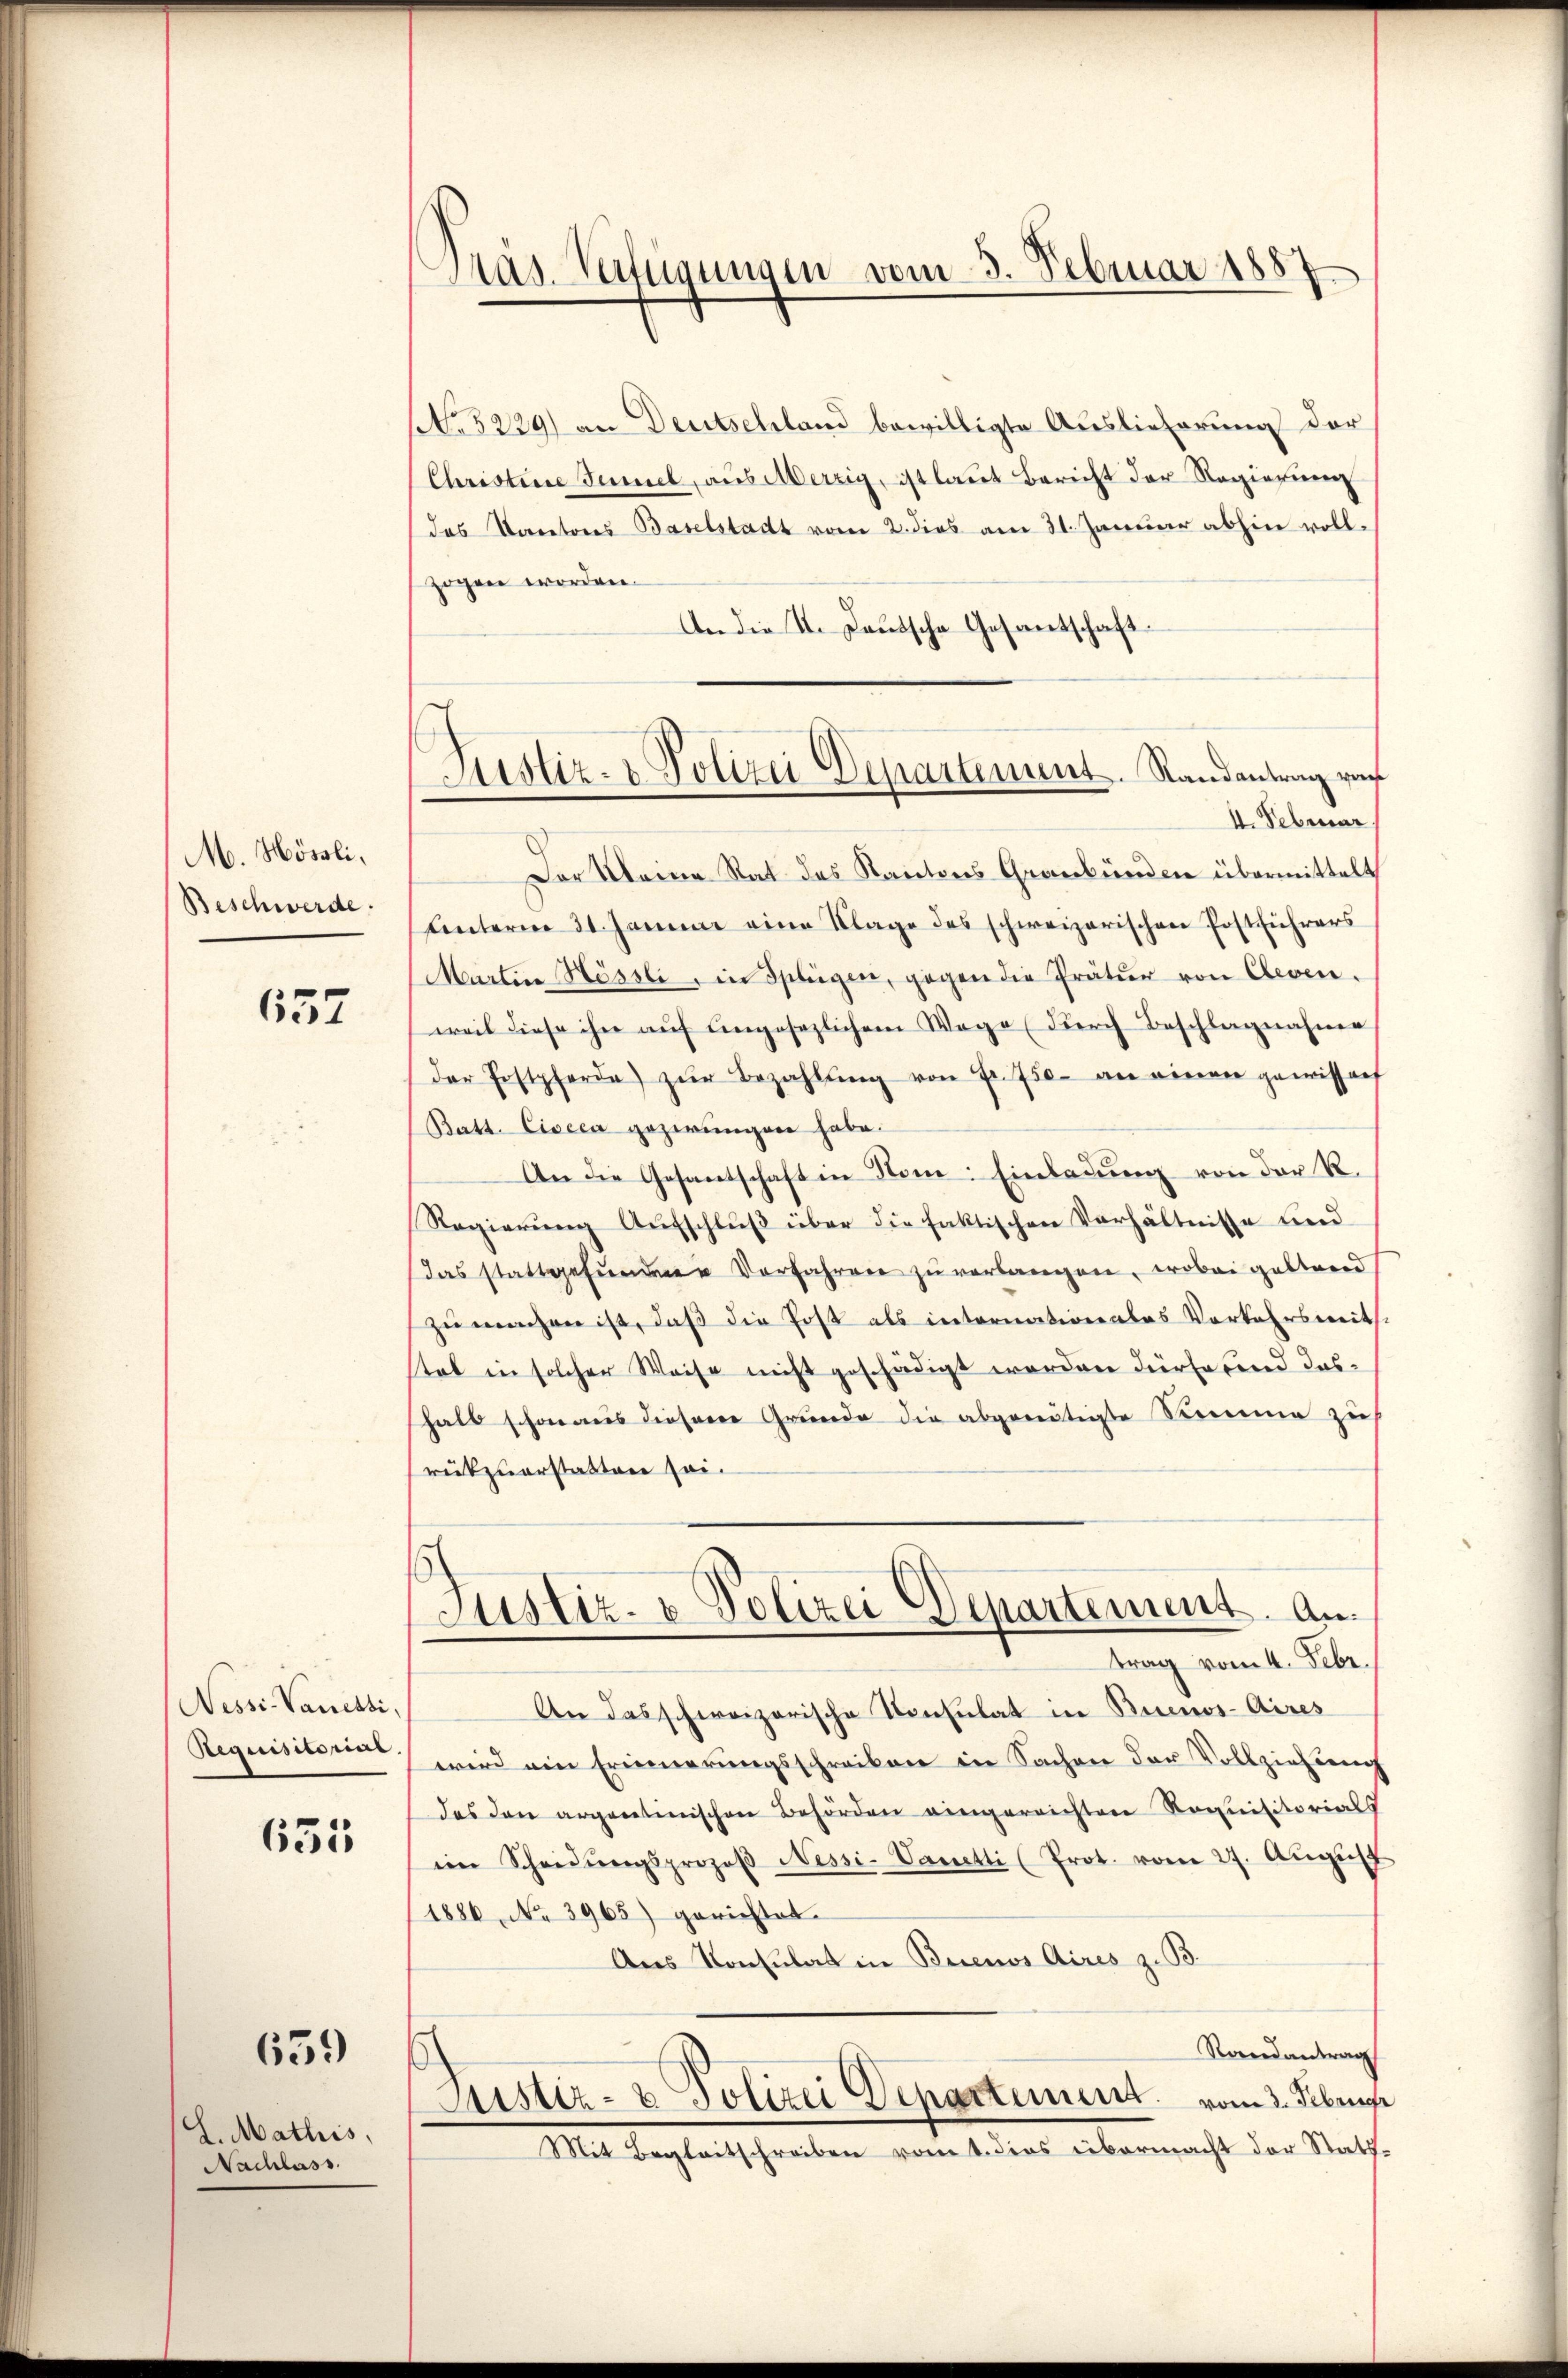
M. Hösli,
Beschwerde.

657

Nessi-Vanetti,
Requisitorius

635

659

S. Mathis
Nachlass.

.
Pras. Verfügungen vom 3. Februar 1887

No 5229) an Deutschland bewilligte Auslieferung der
Christine Tumel, aus Merzig, ist laut Bericht der Regierung
das Kantons Baselstadt vom 2. dies am 31. Januar abhin vollzogen worden.
An die K. Deutsche Gesantschaft.
Der Kleine Rat des Kantons Graubünden übermittelt
Unterm 31. Januar eine Klage des schweizerischen Postführers
Martin Hössli in Splügen, gegen die Prätur von Cleven.
weil diese ihn auf eingesezlichem Wege (durch Beschlagnahme
der Postpferde zŭr Bezahlŭng von Fr. 750. an einen gewissens
Batt. Ciseca gezwungen habe.
An die Gesantschaft in Sone: Einladŭng von der R.
Regierŭng Aŭfschlŭβ über die faktischen Verhältnisse und
Das stattgefŭndene Vorfahren zu verlangen, wobei geltend
zu machen ist, daß die Post als internationales Vorkehrsmit
stab in solcher Weise nicht geschädigt worden dürfebend dashalb schon aus diesene Grunde die abgenätigte Summe zu
rückzuerstatten sei.
Justiz- & Polizei Departement. An
trag vom 4. Febr.
An das schweizerische Konsulat in Buenos-Aires
wird ein Erinnerungsschreiben in Sachen der Vollziehung
das den argaretinischen Behörden eingereichten Roquisitorials
ein Scheidŭngsprozeβ Nessi-Vanetti (Prot. vom 27. Aŭgŭst
(1886 No 3965) gerichtet.
Aus Konsulat in Buenos Aires z. B.
Randantrag
5
Astiz- & Polizei Departement vom 3. Febru
Mit Begleitschreiben vom 4. dies übermacht der Statt¬

Justiz- & Polizei Departement. Randantrag vor
4. Februar